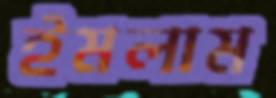
ইমলাম